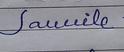
Signature authenticity: forged